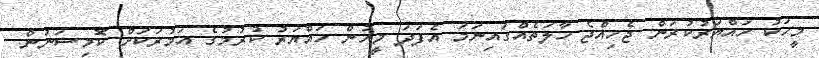
މީހަކު ހައްޔަރުކުރަން ޖެހިއްޖެ ހާލަތެއްގައިނަމަ އެފަދަ މީހުން ހައްޔަރު ކުރުމުގެ އަމުރަކަށް ކޮމިޝަނުން